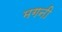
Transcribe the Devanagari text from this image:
मगनी